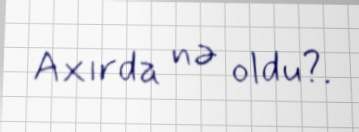
Axırda nə oldu?.